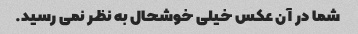
شما در آن عکس خیلی خوشحال به نظر نمی رسید.